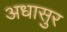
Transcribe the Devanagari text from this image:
अधासुर